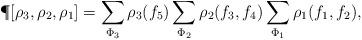
LaTeX: \begin{align*}\P[\rho_3, \rho_2, \rho_1] &= \sum_{\Phi_3} \rho_3(f_5) \sum_{\Phi_2} \rho_2(f_3, f_4) \sum_{\Phi_1} \rho_1(f_1, f_2),\end{align*}